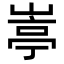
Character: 𡺣